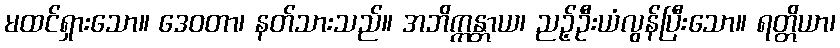
မထင်ရှားသော။ ဒေဝတာ၊ နတ်သားသည်။ အဘိက္ကန္တာယ၊ ညဉ့်ဦးယံလွန်ပြီးသော။ ရတ္တိယာ၊